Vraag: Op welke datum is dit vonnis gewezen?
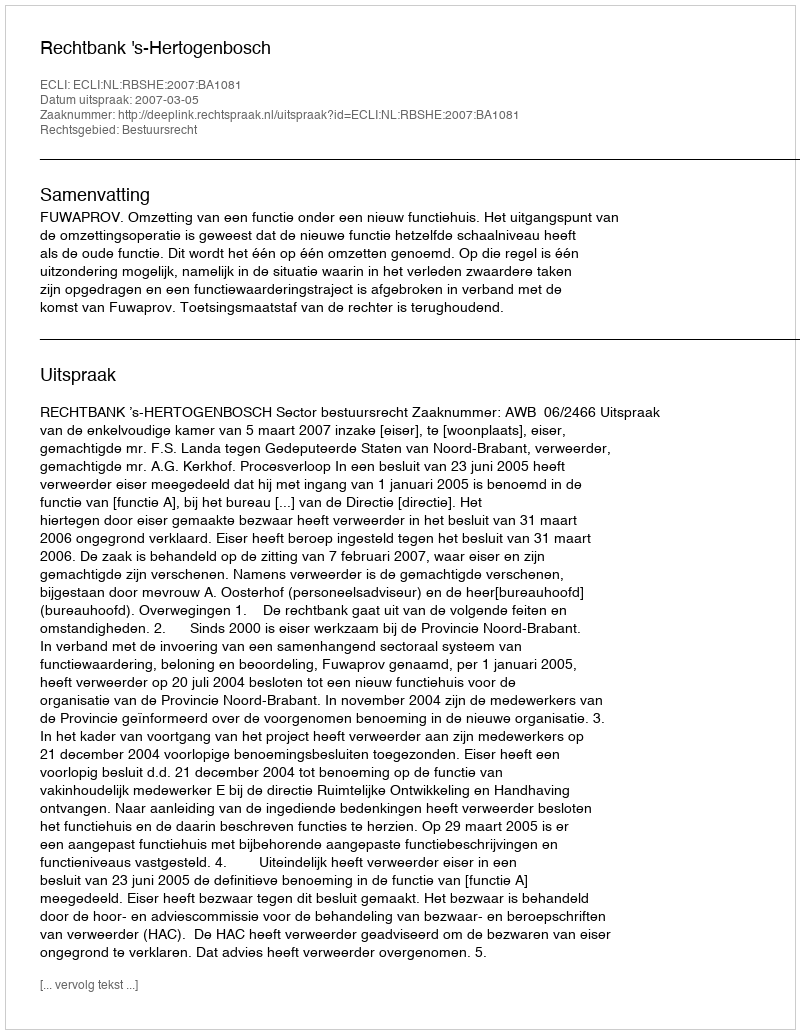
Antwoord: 2007-03-05